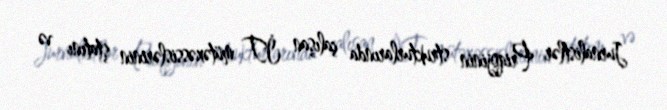
Jurnalistlər Priqojinin strukturlarında çalışan İT mütəxəssislərinin ştatını və